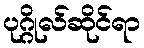
ပုဂ္ဂိုလ်ဆိုင်ရာ